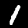
Label: 1